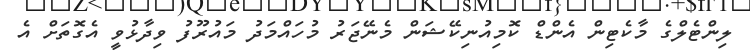
ލިންޓެލްގެ މާކެޓިން އެންޑް ކޮމިއުނިކޭޝަން މެނޭޖަރު މުހައްމަދު މައުރޫފު ވިދާޅުވީ އެގޮތަށް އެ